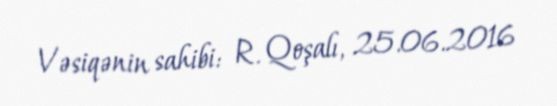
Vəsiqənin sahibi: R. Qoşalı, 25.06.2016